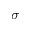
\sigma